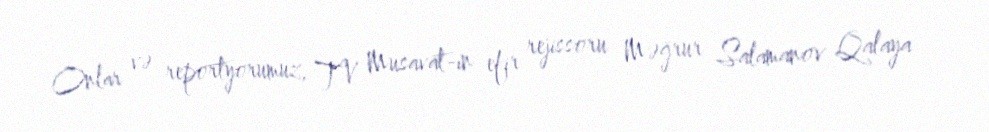
Onlar və reportyorumuz, TV Musavat-ın efir rejissoru Məğrur Salamanov Qalaya